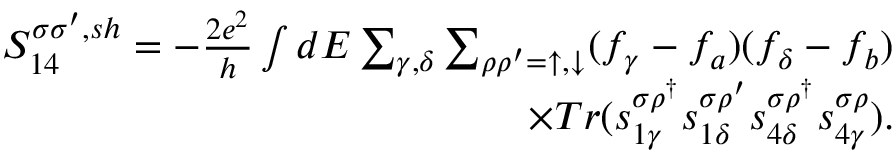
\begin{array} { r } { { S _ { 1 4 } ^ { \sigma \sigma ^ { \prime } , s h } } = - \frac { 2 e ^ { 2 } } { h } \int d E \sum _ { \gamma , \delta } \sum _ { \rho \rho ^ { \prime } = \uparrow , \downarrow } ( f _ { \gamma } - f _ { a } ) ( f _ { \delta } - f _ { b } ) } \\ { \times T r ( s _ { 1 \gamma } ^ { \sigma \rho ^ { \dagger } } s _ { 1 \delta } ^ { \sigma \rho ^ { \prime } } s _ { 4 \delta } ^ { \sigma \rho ^ { \dagger } } s _ { 4 \gamma } ^ { \sigma \rho } ) . } \end{array}